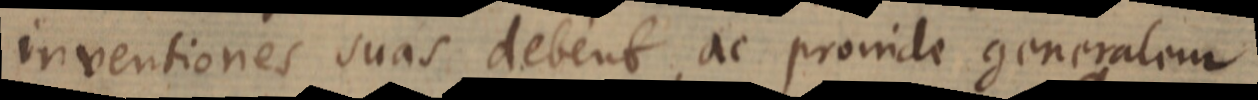
inventiones suas debent, ac proinde generalem